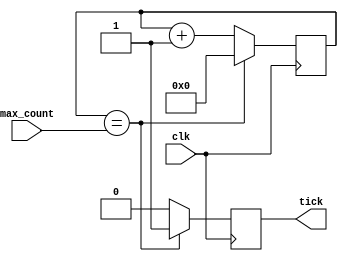
/***********************************************
*  ECE324 Digital Systems Design:  Lab 8
*  John Hofman, Candice Adsero, & Ricky Barella
*  maxtick Module
************************************************/


/* A better ticker for WSU Vancouver ECE 324  08-Feb-2013 JDL
   Generates a one-clock-cycle-wide ?tick? signal at a specified interval.
  ?tick? can be used as a clock enable by other processes
*/




module maxtick(
input clk,						// input clock
input [25:0] max_count,  	// input maximum count
output reg tick = 0 			// output tick
);
//localparam max_count = 750_000_000; // 50MHz * 750,000,000 = 15 S
// localparam max_count = 25; 
// smaller max_count value for shorter simulation run time
reg [25:0] counter = 0; 
// 26 bits allows tick intervals up to 1.34 seconds
  always @(posedge clk) begin
  if (counter == max_count) begin
    counter <= 0;
    tick    <= 1;
  end
  else begin
    counter <= counter + 1;
    tick    <= 0;
  end
  end
endmodule